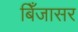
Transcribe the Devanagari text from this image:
बिँजासर